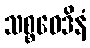
သစ္စဝေဒိနံ